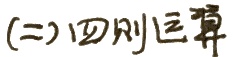
(二)四则运算